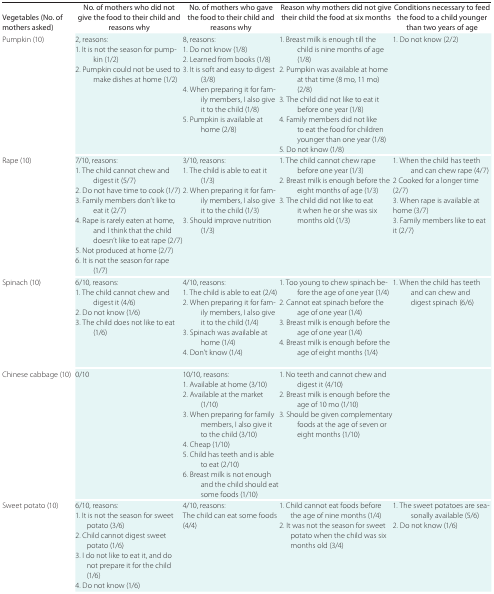
<table><thead><tr><td><b>Vegetables (No. of mothers asked)</b></td><td><b>No. of mothers who did not give the food to their child and reasons why</b></td><td><b>No. of mothers who gave the food to their child and reasons why</b></td><td><b>Reason why mothers did not give their child the food at six months</b></td><td><b>Conditions necessary to feed the food to a child younger than two years of age</b></td></tr></thead><tbody><tr><td><b>Pumpkin</b> <b>(10)</b></td><td><b>2, reasons:</b> 1. It is not the season for pumpkin (1/2) 2. Pumpkin could not be used to make dishes at home (1/2)</td><td><b>8, reasons:</b> 1. Do not know (1/8) 2. Learned from books (1/8) 3. It is soft and easy to digest (3/8) 4. When preparing it for family members, I also give it to the child (1/8) 5. Pumpkin is available at home (2/8)</td><td>1. Breast milk is enough till the child is nine months of age (1/8) 2. Pumpkin was available at home at that time (8 mo, 11 mo) (2/8) 3. The child did not like to eat it before one year (1/8) 4. Family members did not like to eat the food for children younger than one year (1/8) 5. Do not know (1/8)</td><td>1. Do not know (2/2)</td></tr><tr><td><b>Rape</b> <b>(10)</b></td><td><b>7/10, reasons:</b> 1. The child cannot chew and digest it (5/7) 2. Do not have time to cook (1/7) 3. Family members don’t like to eat it (2/7) 4. Rape is rarely eaten at home, and I think that the child doesn’t like to eat rape (2/7) 5. Not produced at home (2/7) 6. It is not the season for rape (1/7)</td><td><b>3/10, reasons:</b> 1. The child is able to eat it (1/3) 2. When preparing it for family members, I also give it to the child (1/3) 3. Should improve nutrition (1/3)</td><td>1. The child cannot chew rape before one year (1/3) 2. Breast milk is enough before the eight months of age (1/3) 3. The child did not like to eat it when he or she was six months old (1/3)</td><td>1. When the child has teeth and can chew rape (4/7) 2 Cooked for a longer time (2/7) 3. When rape is available at home (3/7) 3. Family members like to eat it (2/7)</td></tr><tr><td><b>Spinach (10)</b></td><td><b>6/10, reasons:</b> 1. The child cannot chew and digest it (4/6) 2. Do not know (1/6) 3. The child does not like to eat (1/6)</td><td><b>4/10, reasons:</b> 1. The child is able to eat (2/4) 2. When preparing it for family members, I also give it to the child (1/4) 3. Spinach was available at home (1/4) 4. Don’t know (1/4)</td><td>1. Too young to chew spinach before the age of one year (1/4) 2. Cannot eat spinach before the age of one year (1/4) 3. Breast milk is enough before the age of one year (1/4) 4. Breast milk is enough before the age of eight months (1/4)</td><td>1. When the child has teeth and can chew and digest spinach (6/6)</td></tr><tr><td><b>Chinese cabbage</b> <b>(10)</b></td><td><b>0/10</b></td><td><b>10/10, reasons:</b> 1. Available at home (3/10) 2. Available at the market (1/10) 3. When preparing for family members, I also give it to the child (3/10) 4. Cheap (1/10) 5. Child has teeth and is able to eat (2/10) 6. Breast milk is not enough and the child should eat some foods (1/10)</td><td>1. No teeth and cannot chew and digest it (4/10) 2. Breast milk is enough before the age of 10 mo (1/10) 3. Should be given complementary foods at the age of seven or eight months (1/10)</td><td></td></tr><tr><td><b>Sweet potato</b> <b>(10)</b></td><td><b>6/10, reasons:</b> 1. It is not the season for sweet potato (3/6) 2. Child cannot digest sweet potato (1/6) 3. I do not like to eat it, and do not prepare it for the child (1/6) 4. Do not know (1/6)</td><td><b>4/10, reasons:</b> The child can eat some foods (4/4)</td><td>1. Child cannot eat foods before the age of nine months (1/4) 2. It was not the season for sweet potato when the child was six months old (3/4)</td><td>1. The sweet potatoes are seasonally available (5/6) 2. Do not know (1/6)</td></tr></tbody></table>